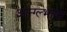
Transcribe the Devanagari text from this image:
आन्ग्ल्भाषा